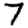
Digit: 7